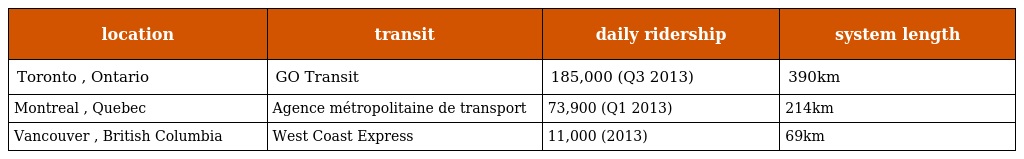
| location | transit | daily ridership | system length |
 | --- | --- | --- | --- |
 | Toronto , Ontario | GO Transit | 185,000 (Q3 2013) | 390km |
 | Montreal , Quebec | Agence métropolitaine de transport | 73,900 (Q1 2013) | 214km |
 | Vancouver , British Columbia | West Coast Express | 11,000 (2013) | 69km |